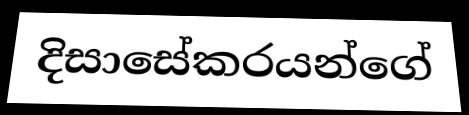
දිසාසේකරයන්ගේ